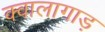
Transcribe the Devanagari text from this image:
क्वालागाड़